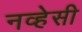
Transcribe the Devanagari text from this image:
नव्हेसी